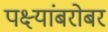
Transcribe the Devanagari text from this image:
पक्ष्यांबरोबर